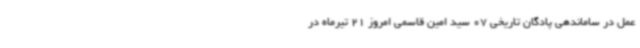
عمل در ساماندهی پادگان تاریخی 07 سید امین قاسمی امروز 21 تیرماه در